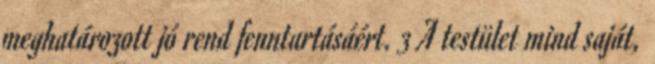
meghatározott jó rend fenntartásáért. 3 A testület mind saját,